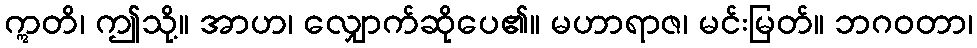
ဣတိ၊ ဤသို့။ အာဟ၊ လျှောက်ဆိုပေ၏။ မဟာရာဇ၊ မင်းမြတ်။ ဘဂဝတာ၊